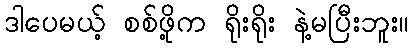
ဒါပေမယ့် စစ်ဖို့က ရိုးရိုး နဲ့မပြီးဘူး။